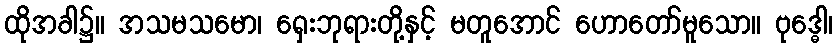
ထိုအခါ၌။ အသမသမော၊ ရှေးဘုရားတို့နှင့် မတူအောင် ဟောတော်မူသော။ ဗုဒ္ဓေါ၊